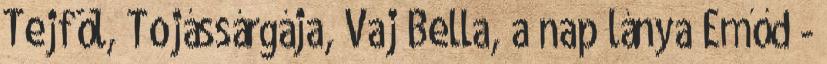
Tejföl, Tojássárgája, Vaj Bella, a nap lánya Emőd -